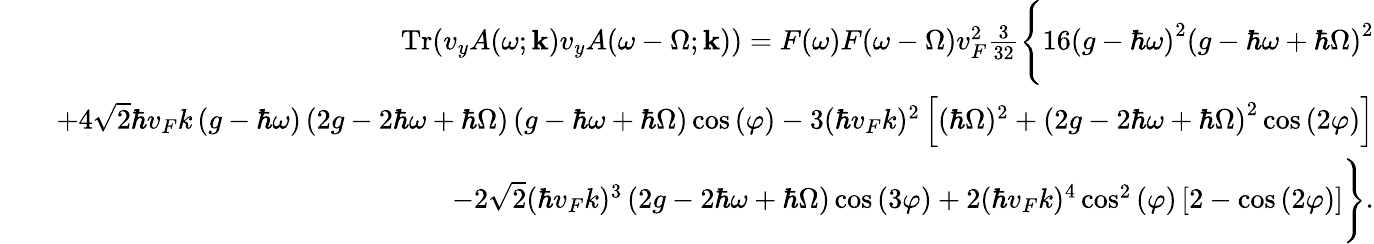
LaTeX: \begin{array}{rlr}&{}&{\mathrm{Tr}{\left(v_{y}A(\omega;\mathbf{k})v_{y}A(\omega-\Omega;\mathbf{k})\right)}=F(\omega)F(\omega-\Omega)v_{F}^{2}\frac{3}{32}\Bigg\{ 16\left(g-\hbar\omega\right)^{2}\left(g-\hbar\omega+\hbar\Omega\right)^{2}}\\ &{}&{+4\sqrt{2}\hbar v_{F}k\left(g-\hbar\omega\right)\left(2g-2\hbar\omega+\hbar\Omega\right)\left(g-\hbar\omega+\hbar\Omega\right)\cos{(\varphi)}-3(\hbar v_{F}k)^{2}\left[(\hbar\Omega)^{2}+\left(2g-2\hbar\omega+\hbar\Omega\right)^{2}\cos{(2\varphi)}\right]}\\ &{}&{-2\sqrt{2}(\hbar v_{F}k)^{3}\left(2g-2\hbar\omega+\hbar\Omega\right)\cos{(3\varphi)}+2(\hbar v_{F}k)^{4}\cos^{2}{(\varphi)}\left[2-\cos{(2\varphi)}\right]\Bigg\} .}\end{array}